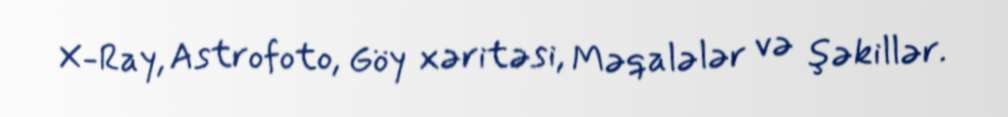
X-Ray, Astrofoto, Göy xəritəsi, Məqalələr və şəkillər.